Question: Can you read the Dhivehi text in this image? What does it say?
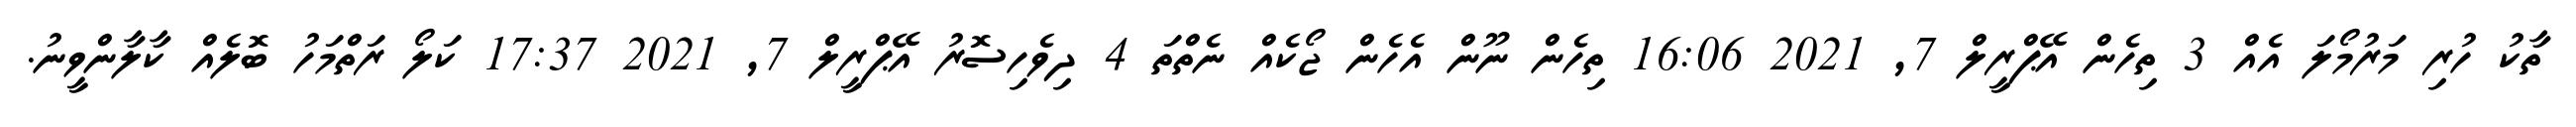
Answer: ތާކު ހުރި މަރުމޯލަ އެއް 3 ތިހެން އޭޕްރީލް 7, 2021 16:06 ތިހެން ނޫން އެހެން ޖޯކެއް ނެތްތަ 4 ދިވެހިސޮރު އޭޕްރީލް 7, 2021 17:37 ކަލޯ ރަތްމަހު ބޮލެއް ކާލާންވީނު.